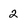
Character: 2